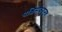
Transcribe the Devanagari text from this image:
पश्चिमेकडूनच